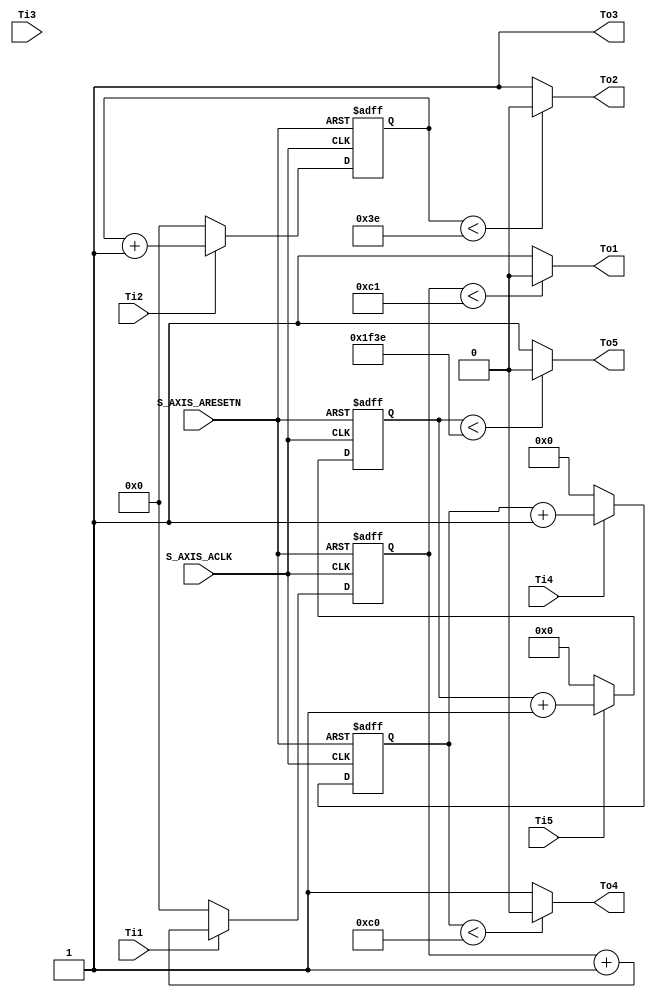
module Timer(
S_AXIS_ACLK,S_AXIS_ARESETN,Ti1,Ti2,Ti3,Ti4,Ti5,To1,To2,To3,To4,To5
);
	
    input  S_AXIS_ACLK;
    input  S_AXIS_ARESETN;
    input  Ti1,Ti2,Ti3,Ti4,Ti5;
    output To1,To2,To3,To4,To5;
    
    reg [7:0]  cnt1;
    reg [7:0]  cnt2;
    reg [7:0]  cnt3;
    reg [11:0] cnt4;
    reg [12:0] cnt5;
    
    //  5 
    always @(posedge S_AXIS_ACLK or negedge S_AXIS_ARESETN) begin
        if(!S_AXIS_ARESETN)
            cnt1 <= 0;
        else begin
            if(Ti1)
                cnt1 <= cnt1 + 1'b1;
            else 
                cnt1 <= 0;
        end
    end
    always @(posedge S_AXIS_ACLK or negedge S_AXIS_ARESETN) begin
        if(!S_AXIS_ARESETN)
            cnt2 <= 0;
        else begin
            if(Ti2)
                cnt2 <= cnt2 + 1'b1;
            else 
                cnt2 <= 0;
        end
    end
    always @(posedge S_AXIS_ACLK or negedge S_AXIS_ARESETN) begin
        if(!S_AXIS_ARESETN)
            cnt3 <= 0;
        else begin
            if(Ti3)
                cnt3 <= cnt3 + 1'b1;
            else 
                cnt3 <= 0;
        end
    end
    always @(posedge S_AXIS_ACLK or negedge S_AXIS_ARESETN) begin
        if(!S_AXIS_ARESETN)
            cnt4 <= 0;
        else begin
            if(Ti4)
                cnt4 <= cnt4 + 1'b1;
            else 
                cnt4 <= 0;
        end
    end
    always @(posedge S_AXIS_ACLK or negedge S_AXIS_ARESETN) begin
        if(!S_AXIS_ARESETN)
            cnt5 <= 0;
        else begin
            if(Ti5)
                cnt5 <= cnt5 + 1'b1;
            else 
                cnt5 <= 0;
        end
    end

    assign To1 = (cnt1 < 8'd193)? 0:1;
    assign To2 = (cnt2 < 8'd62)?  0:1;
    assign To3 = 1;
    assign To4 = (cnt4 < 12'd192)?  0:1;
    assign To5 = (cnt5 < 13'd7998)? 0:1;
    
endmodule